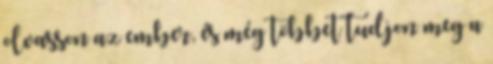
olvasson az ember, és még többet tudjon meg a